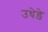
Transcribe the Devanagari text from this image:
उधेड़े